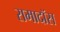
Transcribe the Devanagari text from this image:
रामादॉस